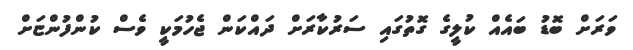
ވަރަށް ބޮޑު ބައެއް ކުލީގެ ގޮތުގައި ސަރުކާރަށް ދައްކަން ޖެހުމަކީ ވެސް ކުންފުންޏަށް